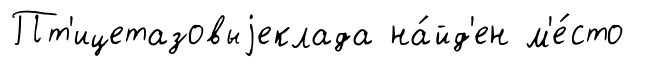
Пт'ицетазовыjеклада на́йд'ен м'е́сто